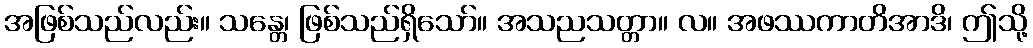
အဖြစ်သည်လည်း။ သန္တေ၊ ဖြစ်သည်ရှိသော်။ အသညသတ္တာ။ လ။ အဖဿကာတိအာဒိ၊ ဤသို့